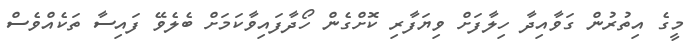
މީގެ އިތުރުން ގަވާއިދާ ހިލާފަށް ވިޔަފާރި ކޮށްގެން ހޯދާފައިވާކަމަށް ބެލެވޭ ފައިސާ ތަކެއްވެސް